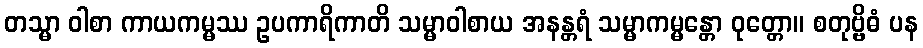
တသ္မာ ဝါစာ ကာယကမ္မဿ ဥပကာရိကာတိ သမ္မာဝါစာယ အနန္တရံ သမ္မာကမ္မန္တော ဝုတ္တော။ စတုဗ္ဗိဓံ ပန